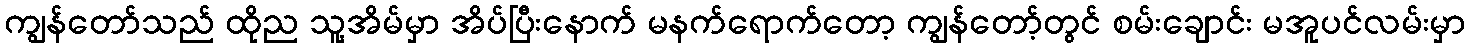
ကျွန်တော်သည် ထိုည သူ့အိမ်မှာ အိပ်ပြီးနောက် မနက်ရောက်တော့ ကျွန်တော့်တွင် စမ်းချောင်း မအူပင်လမ်းမှာ